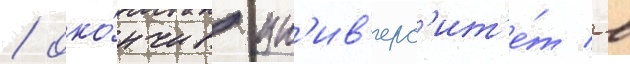
/ око́нчив ун'ив'ерс'ит'е́т в